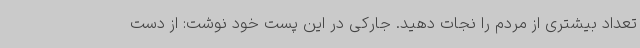
تعداد بیشتری از مردم را نجات دهید. جارکی در این پست خود نوشت: از دست